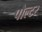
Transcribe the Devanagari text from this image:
पौल्टर